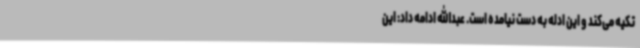
تکیه می‌کند و این ادله‌ به دست نیامده است. عبدالله ادامه داد: این